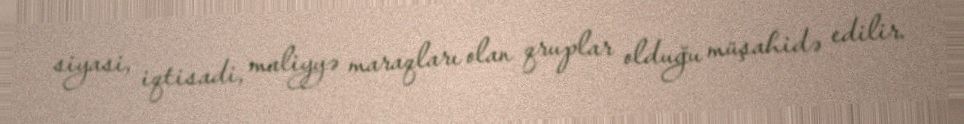
siyasi, iqtisadi, maliyyə maraqları olan qruplar olduğu müşahidə edilir.